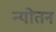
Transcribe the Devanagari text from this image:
न्योतन